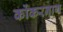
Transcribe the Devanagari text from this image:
कोंकरनाग